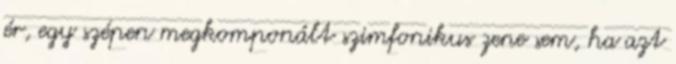
ér, egy szépen megkomponált szimfonikus zene sem, ha azt